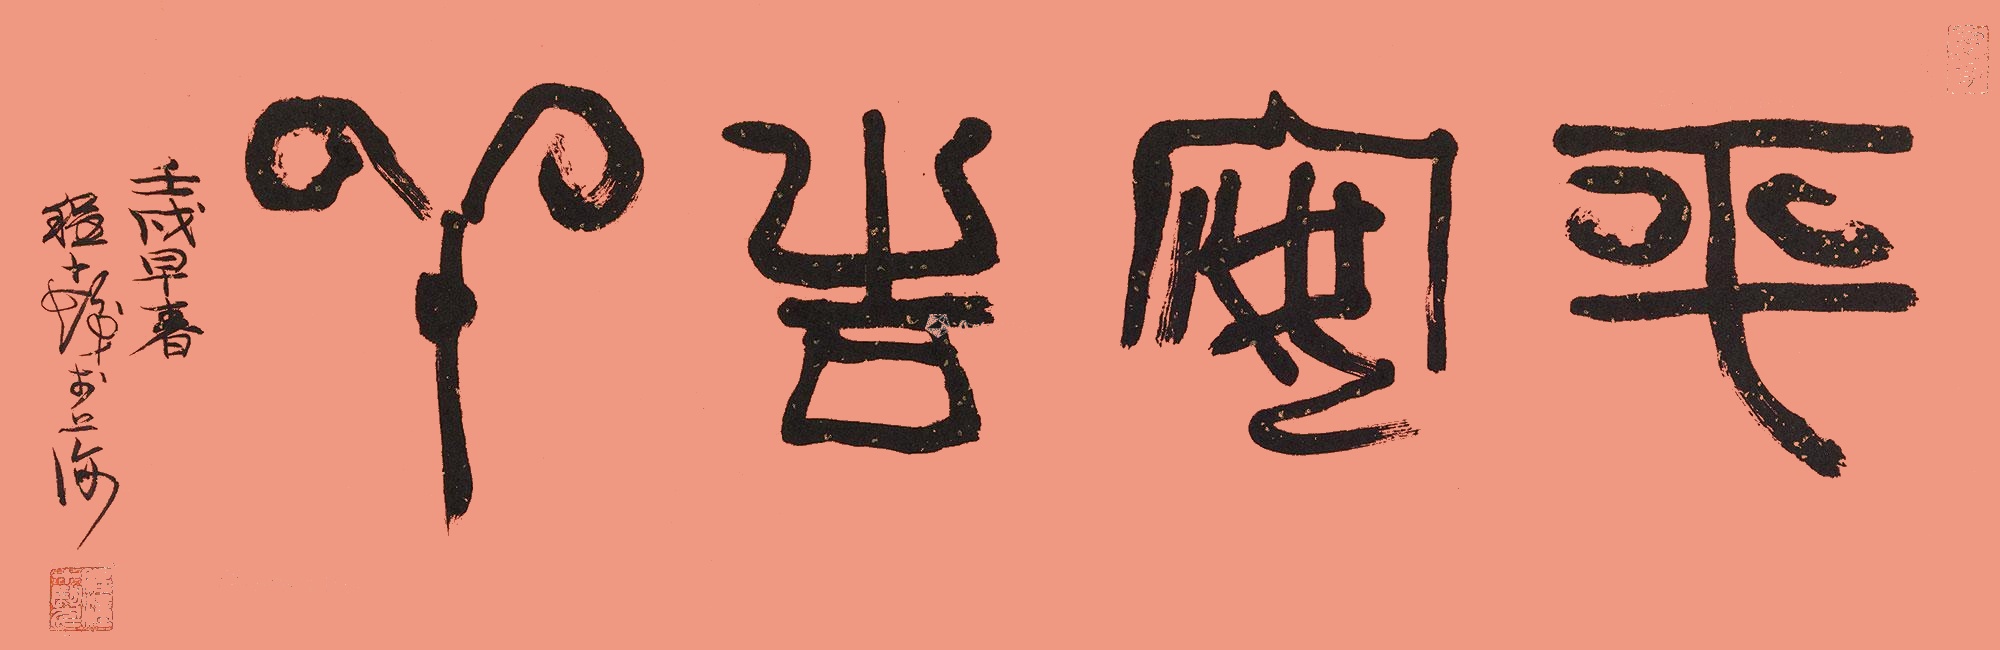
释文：平安吉祥壬戌早春，程十发于上海。